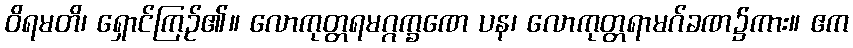
ဝိရမတိ၊ ရှောင်ကြဉ်၏။ လောကုတ္တရမဂ္ဂက္ခဏေ ပန၊ လောကုတ္တရာမဂ်ခဏ၌ကား။ ဧက